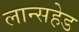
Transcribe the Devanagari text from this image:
लान्सहेड